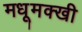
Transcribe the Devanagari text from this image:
मधूमक्खी